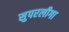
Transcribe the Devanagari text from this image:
सुपरलीगा